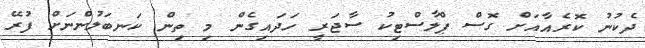
ދެކުނު ކޮރެއާއަށް ގޮސް ޕްލާސްޓިކު ސާޖަރީ ހަދައިގެން މި ތިން ކަނބަލުންނަށް ފުރޭ